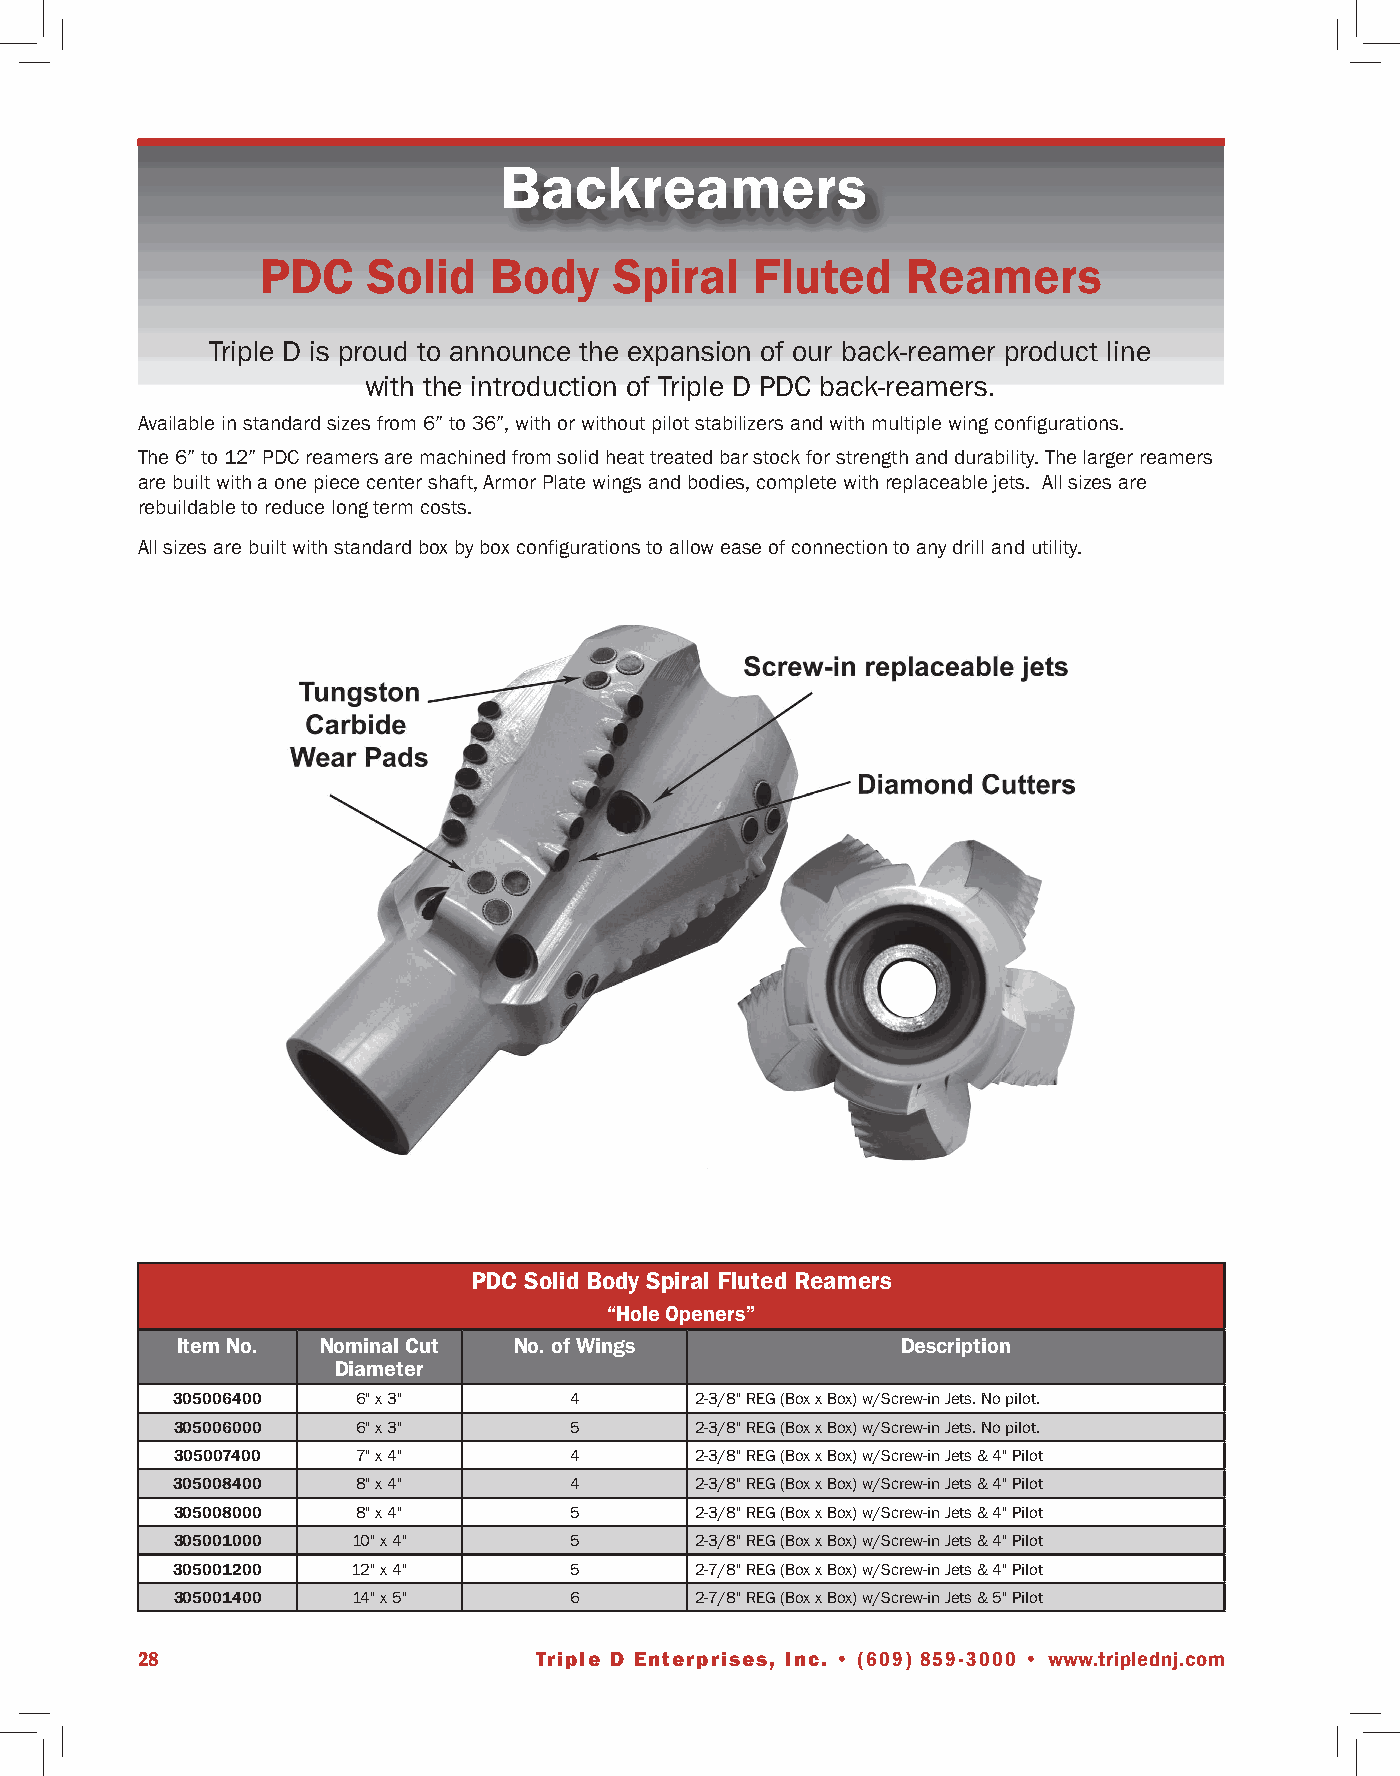
Backreamers
 PDC    Solid   Body     Spiral   Fluted    Reamers
 Triple D is proud to announce the expansion of our back-reamer product line
 with the introduction of Triple D PDC back-reamers.
 Available in standard sizes from 6” to 36”, with or without pilot stabilizers and with multiple wing configurations.
 The 6” to 12” PDC reamers are machined from solid heat treated bar stock for strength and durability. The larger reamers
 are built with a one piece center shaft, Armor Plate wings and bodies, complete with replaceable jets. All sizes are
 rebuildable to reduce long term costs.
 All sizes are built with standard box by box configurations to allow ease of connection to any drill and utility.
 PDC Solid Body Spiral Fluted Reamers
 “Hole Openers”
 Item No. Nominal Cut  No. of Wings              Description
 Diameter
 305006400    6" x 3"       4       2-3/8" REG (Box x Box) w/Screw-in Jets. No pilot.
 305006000    6" x 3"       5       2-3/8" REG (Box x Box) w/Screw-in Jets. No pilot.
 305007400   7" x 4"       4       2-3/8" REG (Box x Box) w/Screw-in Jets & 4" Pilot
 305008400    8" x 4"       4       2-3/8" REG (Box x Box) w/Screw-in Jets & 4" Pilot
 305008000    8" x 4"       5       2-3/8" REG (Box x Box) w/Screw-in Jets & 4" Pilot
 305001000  10" x 4"       5       2-3/8" REG (Box x Box) w/Screw-in Jets & 4" Pilot
 305001200   12" x 4"       5       2-7/8" REG (Box x Box) w/Screw-in Jets & 4" Pilot
 305001400   14" x 5"       6       2-7/8" REG (Box x Box) w/Screw-in Jets & 5" Pilot
 28                        Triple D Enterprises, Inc. • (609) 859-3000 • www.triplednj.com